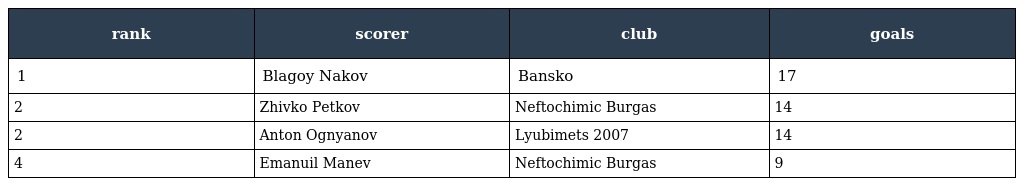
| rank | scorer | club | goals |
 | --- | --- | --- | --- |
 | 1 | Blagoy Nakov | Bansko | 17 |
 | 2 | Zhivko Petkov | Neftochimic Burgas | 14 |
 | 2 | Anton Ognyanov | Lyubimets 2007 | 14 |
 | 4 | Emanuil Manev | Neftochimic Burgas | 9 |